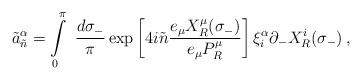
LaTeX: \begin{align*}\tilde{a}^{\alpha}_{\tilde{n}} =\int\limits_{0}^{\pi}~\frac{d\sigma_{-}}{\pi} \exp\left[4i\tilde{n}\frac{e_{\mu} X^{\mu}_{R}(\sigma_{-})}{e_{\mu}P^{\mu}_{R}}\right] \xi^{\alpha}_{i}\partial_{-}X^{i}_{R}(\sigma_{-}) \,,\end{align*}